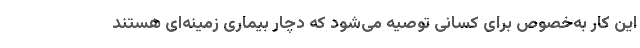
این کار به‌خصوص برای کسانی توصیه می‌شود که دچار بیماری زمینه‌ای هستند